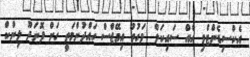
އެކްސިޑެންޓްވި އެއް ސައިކަލް  ވަގުތު އިމޭޖްސް ހައްދުންމަތީ ގަން ފޮނަދޫ ލިންކް